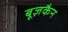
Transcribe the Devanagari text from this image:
बूज़कैन